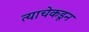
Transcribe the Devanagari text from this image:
त्याचेकडून